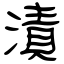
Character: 漬